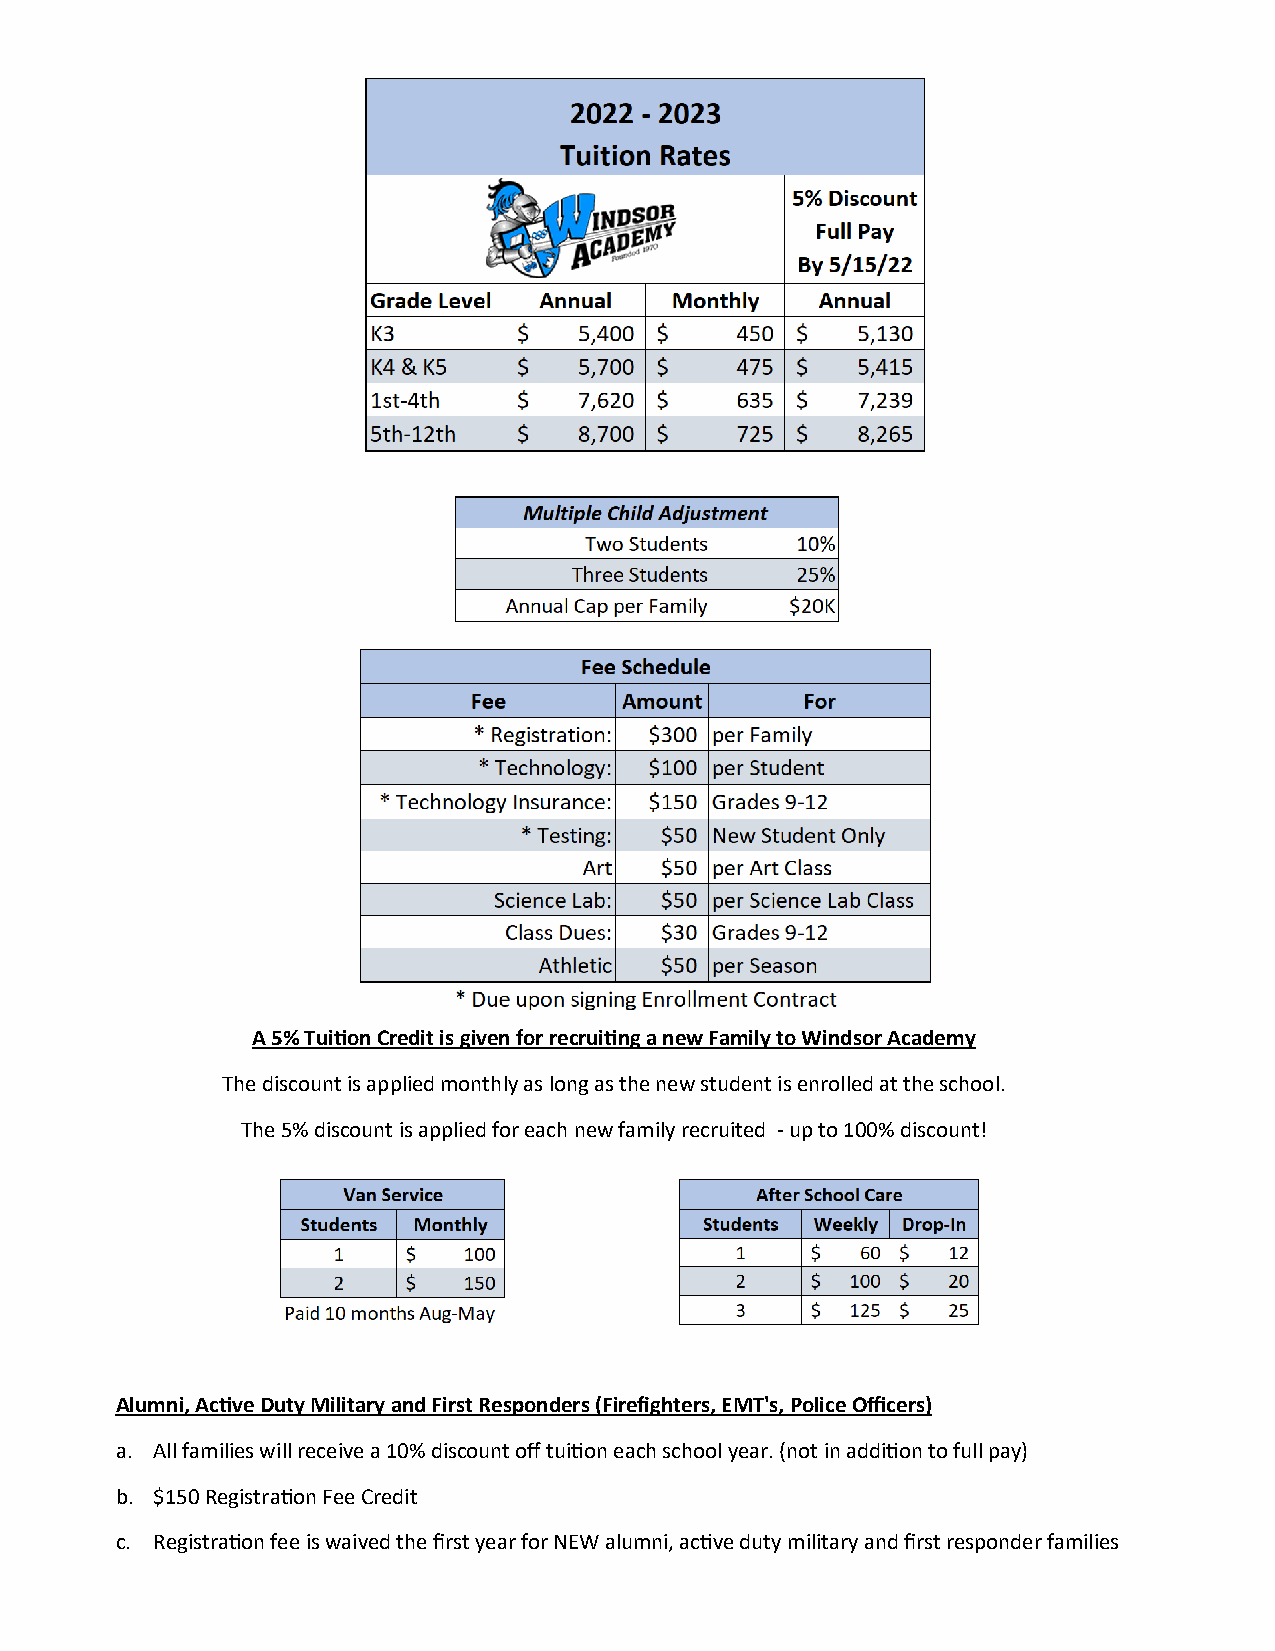
A 5% Tuition Credit is given for recruiting a new Family to Windsor Academy
 The discount is applied monthly as long as the new student is enrolled at the school.
 The 5% discount is applied for each new family recruited - up to 100% discount!
 Alumni, Active Duty Military and First Responders (Firefighters, EMT's, Police Officers)
 a. All families will receive a 10% discount off tuition each school year. (not in addition to full pay)
 b. $150 Registration Fee Credit
 c. Registration fee is waived the first year for NEW alumni, active duty military and first responder families